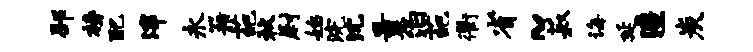
邳榜配滓永籍葩秋尉始浣沈曩泊葩衢省~菽诲延澧炭